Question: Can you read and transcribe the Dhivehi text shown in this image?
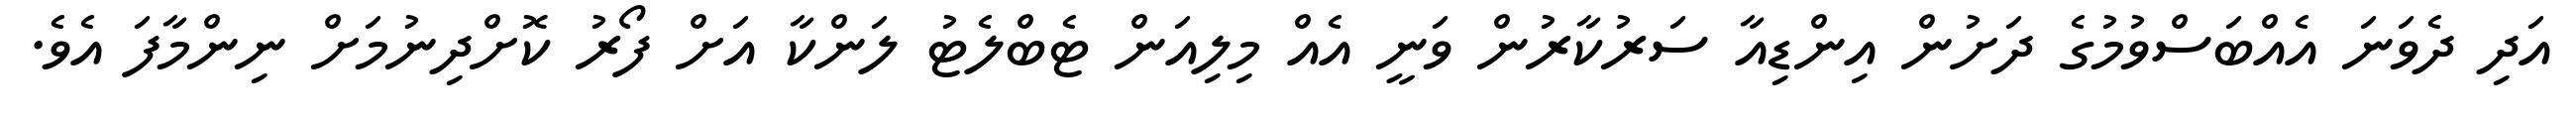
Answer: އަދި ދެވަނަ އެއްބަސްވުމުގެ ދަށުން އިންޑިއާ ސަރުކާރުން ވަނީ އެއް މިލިއަން ޓެބްލެޓު ލަންކާ އަށް ފޯރު ކޮށްދިނުމަށް ނިންމާފަ އެވެ.